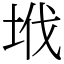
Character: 㘺